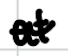
Text: at
Cross-out: mix
Writing tool: digital_black